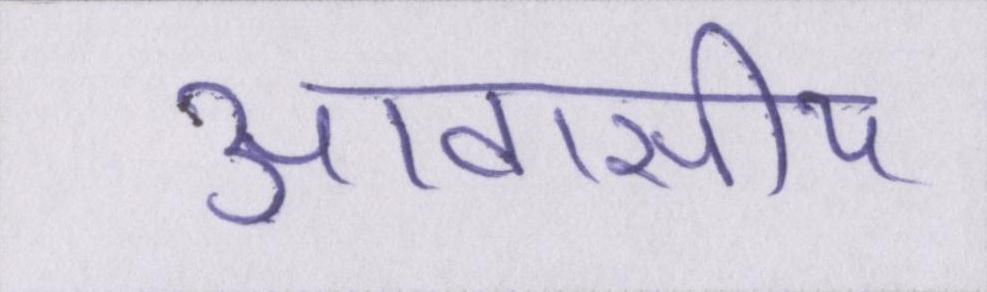
आवासीय